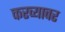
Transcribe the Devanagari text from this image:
करव्यावर